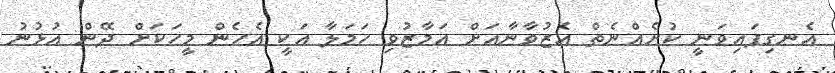
އެނގިފައިވަނީ ކުށެއްނެތް އެޒުވާނާއަށް އަމާޒުވި ހަމަލާ އަކީ އެހެން މީހަކަށް ދޭން އުޅުނު